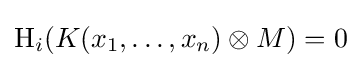
\operatorname {H} _{i}(K(x_{1},\dots ,x_{n})\otimes M)=0